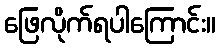
ဖြေလိုက်ရပါကြောင်း။